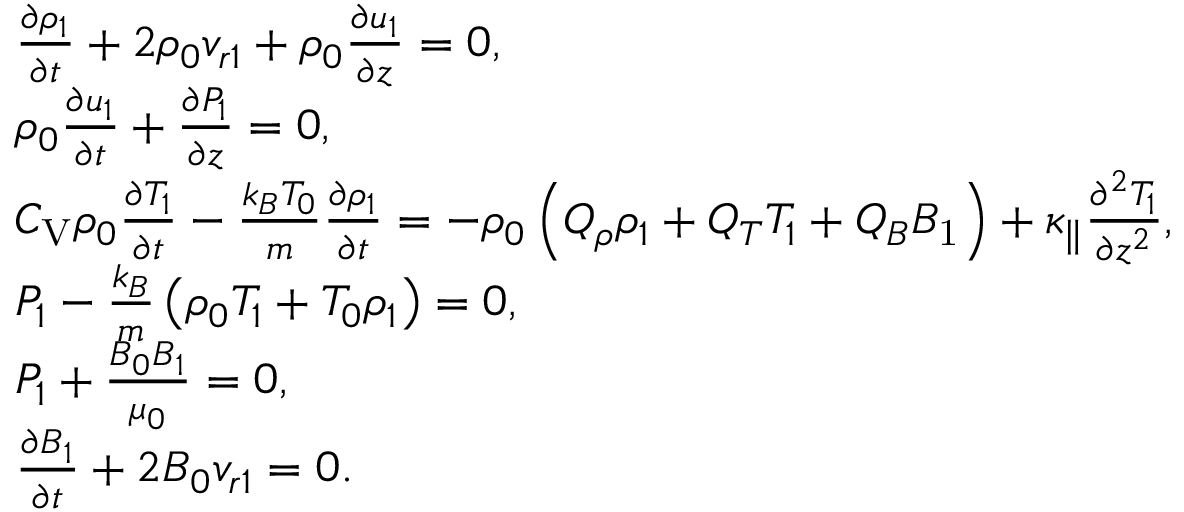
\begin{array} { r l } & { \frac { \partial \rho _ { 1 } } { \partial t } + 2 \rho _ { 0 } v _ { r 1 } + \rho _ { 0 } \frac { \partial u _ { 1 } } { \partial z } = 0 , } \\ & { \rho _ { 0 } \frac { \partial u _ { 1 } } { \partial t } + \frac { \partial P _ { 1 } } { \partial z } = 0 , } \\ & { C _ { \mathrm { V } } \rho _ { 0 } \frac { \partial T _ { 1 } } { \partial t } - \frac { k _ { B } T _ { 0 } } { m } \frac { \partial \rho _ { 1 } } { \partial t } = - \rho _ { 0 } \left( Q _ { \rho } \rho _ { 1 } + Q _ { T } T _ { 1 } + Q _ { B } B _ { \mathrm { 1 } } \right) + \kappa _ { \parallel } \frac { \partial ^ { 2 } T _ { 1 } } { \partial z ^ { 2 } } , } \\ & { P _ { 1 } - \frac { k _ { B } } { m } \left( \rho _ { 0 } T _ { 1 } + T _ { 0 } \rho _ { 1 } \right) = 0 , } \\ & { P _ { 1 } + \frac { B _ { 0 } B _ { 1 } } { \mu _ { 0 } } = 0 , } \\ & { \frac { \partial B _ { 1 } } { \partial t } + 2 B _ { 0 } v _ { r 1 } = 0 . } \end{array}